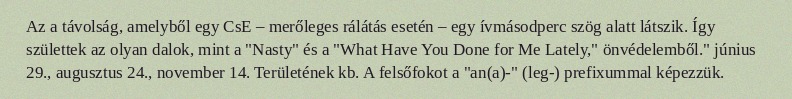
Az a távolság, amelyből egy CsE – merőleges rálátás esetén – egy ívmásodperc szög alatt látszik. Így születtek az olyan dalok, mint a "Nasty" és a "What Have You Done for Me Lately," önvédelemből." június 29., augusztus 24., november 14. Területének kb. A felsőfokot a "an(a)-" (leg-) prefixummal képezzük.